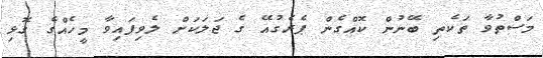
މަސްތުވާ ތަކެތި ބޭނުން ކޮއްގެން ޕެރެގުއޭ ގެ ޖަލަކަށް ލެވިފައިވާ މީހެއްގެ ގޮޅި